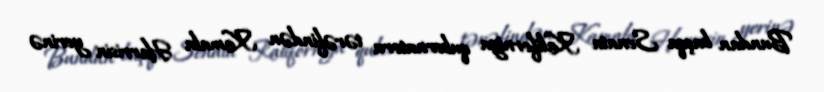
Bundan başqa Senata Kaliforniya qubernatoru tərəfindən Kamala Harrisin yerinə